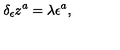
\delta _ { \epsilon } z ^ { a } = \lambda \epsilon ^ { a } ,